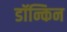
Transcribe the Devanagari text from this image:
डॉन्किन